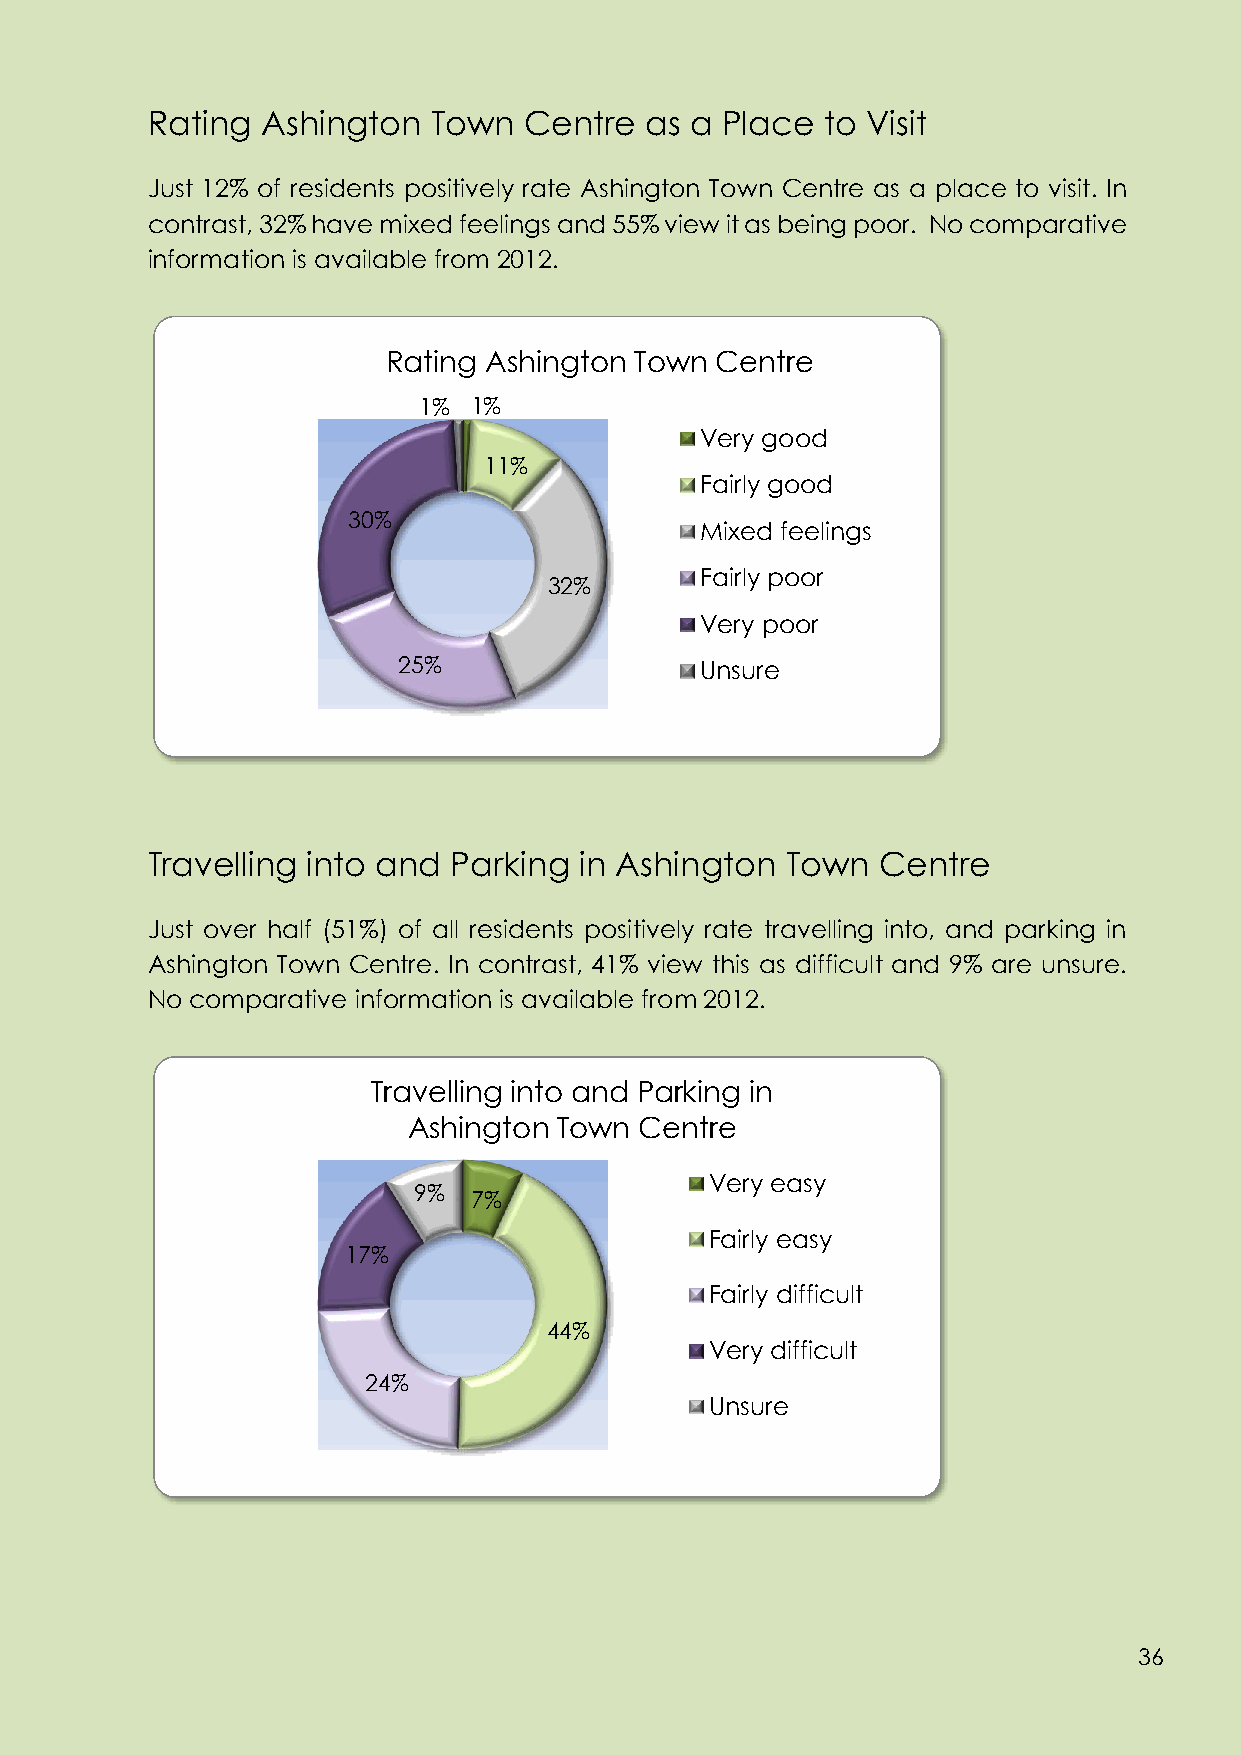
Rating Ashington   Town  Centre  as a Place  to Visit
 Just 12% of residents positively rate Ashington Town Centre as a place to visit. In
 contrast, 32% have mixed feelings and 55% view it as being poor. No comparative
 information is available from 2012.
 Rating Ashington Town Centre
 1% 1%
 Very good
 11%
 Fairly good
 30%
 Mixed feelings
 Fairly poor
 32%
 Very poor
 25%                 Unsure
 Travelling into and Parking in Ashington  Town  Centre
 Just over half (51%) of all residents positively rate travelling into, and parking in
 Ashington Town Centre. In contrast, 41% view this as difficult and 9% are unsure.
 No comparative information is available from 2012.
 Travelling into and Parking in
 Ashington Town Centre
 Very easy
 9%
 7%
 Fairly easy
 17%
 Fairly difficult
 44%
 Very difficult
 24%
 Unsure
 36
 36